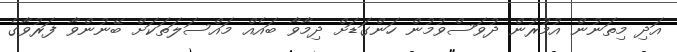
އަދި މިތަނުން އުމުރުން ދުވަސްވުމުން ހަންގަޑަށް ދިމާވާ ބައެއް މައްސަލަތަކަށް ބޭނުންވާ ފަރުވާގެ